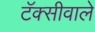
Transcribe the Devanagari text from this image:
टॅक्सीवाले